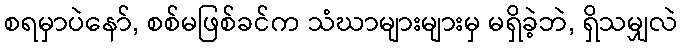
စရမှာပဲနော်, စစ်မဖြစ်ခင်က သံဃာများများမှ မရှိခဲ့ဘဲ, ရှိသမျှလဲ